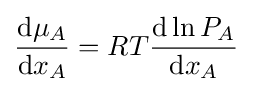
{\frac {\mathrm {d} \mu _{A}}{\mathrm {d} x_{A}}}=RT{\frac {\mathrm {d} \ln P_{A}}{\mathrm {d} x_{A}}}